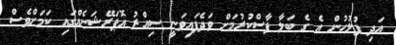
އަދި ފުލުހުން އެ ގެ ބަލާ ފާސްކުރުމަށް ވަދެފައިވަނީ ސިއްރު އޮޕަރޭޝަނެއްގައި ކަމަށްވެސް